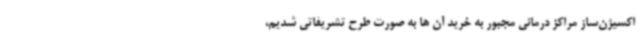
اکسیژن‌ساز مراکز درمانی مجبور به خرید آن ها به صورت طرح تشریفاتی شدیم،